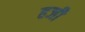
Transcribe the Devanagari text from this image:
हजी